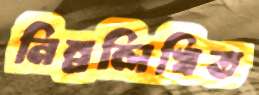
নিম্নলিখিত